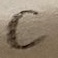
Text: C